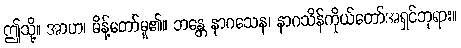
ဤသို့။ အာဟ၊ မိန့်တော်မူ၏။ ဘန္တေ နာဂသေန၊ နာဂသိန်ကိုယ်တော်အရှင်ဘုရား။